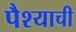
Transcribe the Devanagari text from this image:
पैश्याची